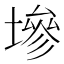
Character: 墋